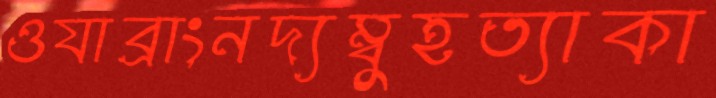
ওযাব্রাংনদ্যম্বুহত্যাকা